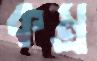
কম্র